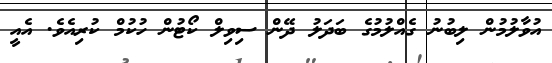
އުވާލުމުން ލިބުނު ގެއްލުމުގެ ބަދަލު ދޭން ސިވިލް ކޯޓުން ހުކުމް ކުރިއެވެ. އެއީ